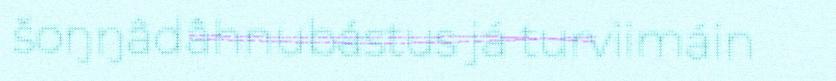
šoŋŋâdâhnubástus já turviimáin